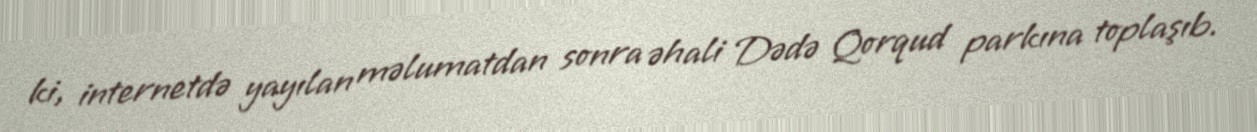
ki, internetdə yayılan məlumatdan sonra əhali Dədə Qorqud parkına toplaşıb.